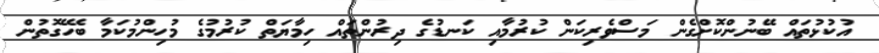
އުކުޅުތައް ބޭނުންކޮށްގެން މަސްވެރިކަން ކުރުމާއި ކަނޑުގެ ދިރުންތައް ހިމާޔަތް ކުރުމުގެ މުހިންމުކަމާ ބެހޭގޮތުން